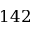
1 4 2